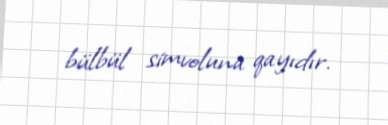
bülbül simvoluna qayıdır.